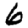
Digit: 6